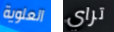
العلوية تراي